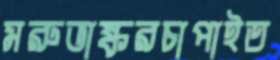
মরুভাষ্করচাপাইত